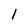
Character: 1